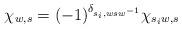
LaTeX: \begin{align*}\chi_{w,s}=(-1)^{\delta_{s_i,wsw^{-1}}}\chi_{s_iw,s}\end{align*}